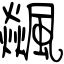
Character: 飊